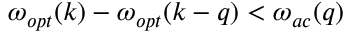
\omega _ { o p t } ( k ) - \omega _ { o p t } ( k - q ) < \omega _ { a c } ( q )